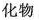
化物